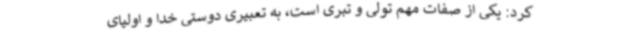
کرد: یکی از صفات مهم تولی و تبری است، به تعبیری دوستی خدا و اولیای